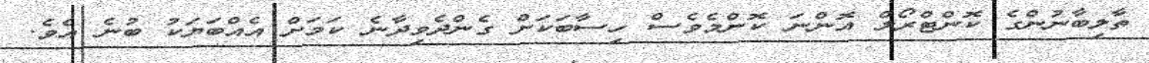
ތާލިބާނުންގެ ކޮންޓްރޯލް އޮންނަ ކޮންމެވެސް ހިސާބަކަށް ގެންދެވިދާނެ ކަމަށް އެއްބަޔަކު ބުނެ އެވެ.